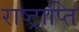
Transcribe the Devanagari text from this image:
राष्ट्राप्ति